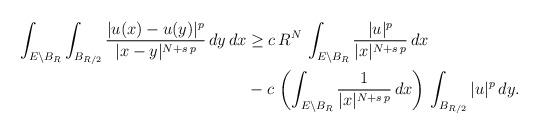
LaTeX: \begin{align*}\int_{E\setminus B_R} \int_{B_{R/2}} \frac{|u(x)-u(y)|^p}{|x-y|^{N+s\,p}}\,dy\,dx&\ge c\,R^N\,\int_{E\setminus B_R} \frac{|u|^p}{|x|^{N+s\,p}}\,dx\\&-c\, \left(\int_{E\setminus B_R} \frac{1}{|x|^{N+s\,p}}\,dx\right)\, \int_{B_{R/2}} |u|^p\,dy.\end{align*}